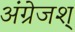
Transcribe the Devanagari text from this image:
अंग्रेजश्